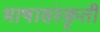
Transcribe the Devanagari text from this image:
भाषासंस्कृती